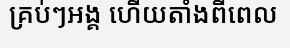
គ្រប់ៗអង្គ ហើយតាំងពីពេល